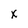
Character: x